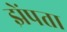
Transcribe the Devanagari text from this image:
झेंपता